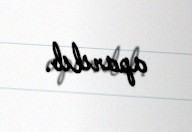
aparılıb.